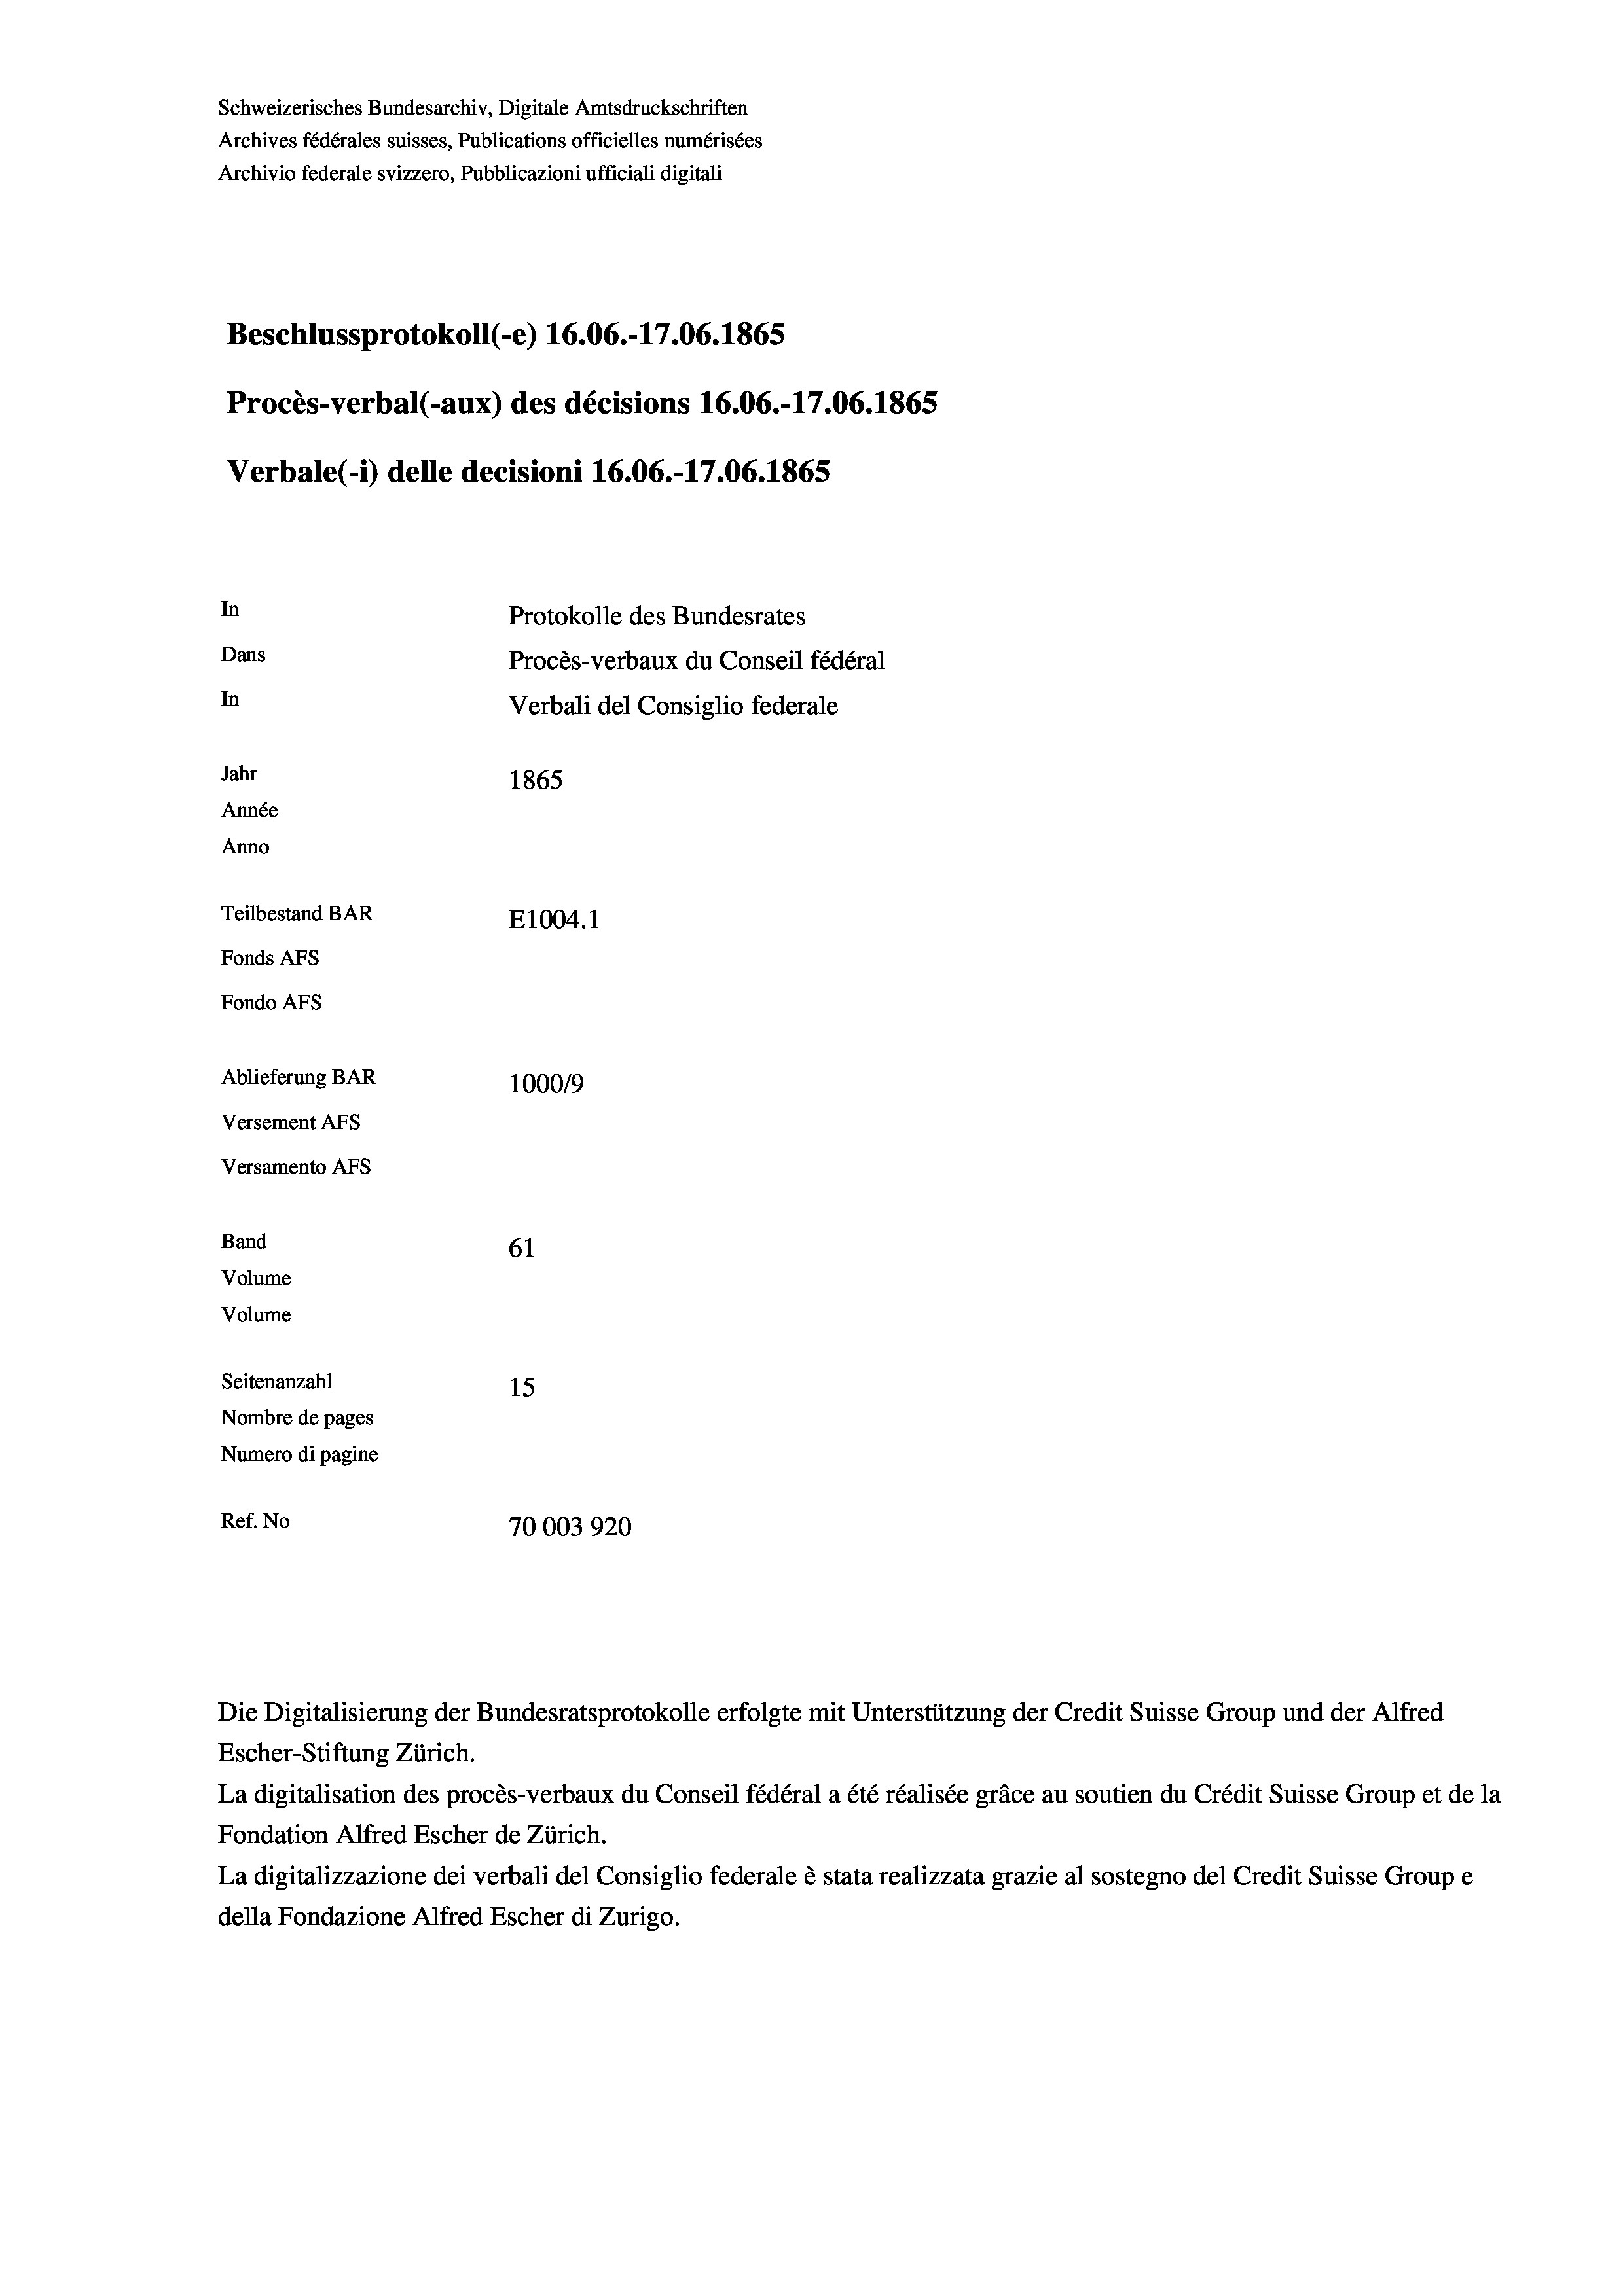
Schweizerisches Bundesarchiv, Digitale Amtsdruckschriften
Archives fédérales suisses, Publications officielles numérisées
Archivio federale svizzero, Pubblicazioni ufficiali digitali
Beschlussprotokoll (-e) 16.06.-17.06. 1865
Procès-verbal (-aux) des décisions 16.06.-17.06. 1865
Verbale (i) delle decisioni 16.06.-17.06. 1865
In
Protokolle des Bundesrates
Dans
Procès-verbaux du Conseil fédéral
In
Verbali del Consiglio federale
Jahr
1865
Année
Anno
Teilbestand BAR
E1004.1
Fonds AFs
Fondo AFS
Ablieferung BAR
100019
Versement AFs
Versamento Afs
Band
61
Volume
Volume
Seitenanzahl
15
Nombre de pages
Numero di pagine
Ref. No
70003920

Escher-Stiftung Zürich.
La digitalisation des procès-verbaux du Conseil fédéral a été réalisée gräce au soutien du Crédit Suisse Group et de la
Fondation Alfred Escher de Zürich.
La digitalizzazione dei verbali del Consiglio federale è stata realizzata grazie al sostegno del Credit Suisse Groupe
della Fondazione Alfred Escher di Zurigo.

Die Digitalisierung der Bundesratsprotokolle erfolgte mit Unterstützung der Credit Suisse Group und der Alfred